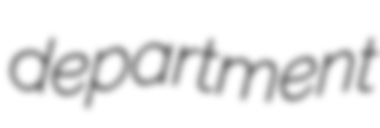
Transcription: department